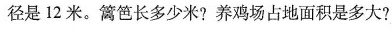
径是12米。篱笆长多少米？养鸡场占地面积是多大?